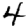
Digit: 4